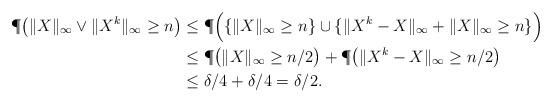
LaTeX: \begin{align*} \P\big( \|X\|_{\infty}\vee \|X^k\|_{\infty}\geq n \big)&\leq \P\Big( \lbrace \|X\|_{\infty}\geq n\rbrace \cup\lbrace \|X^k-X\|_{\infty}+\|X\|_{\infty}\geq n\rbrace \Big)\\ &\leq \P\big( \|X\|_{\infty}\geq n/2\big) +\P\big( \|X^k-X\|_{\infty}\geq n/2 \big)\\ &\leq\delta/4+\delta/4=\delta/2. \end{align*}